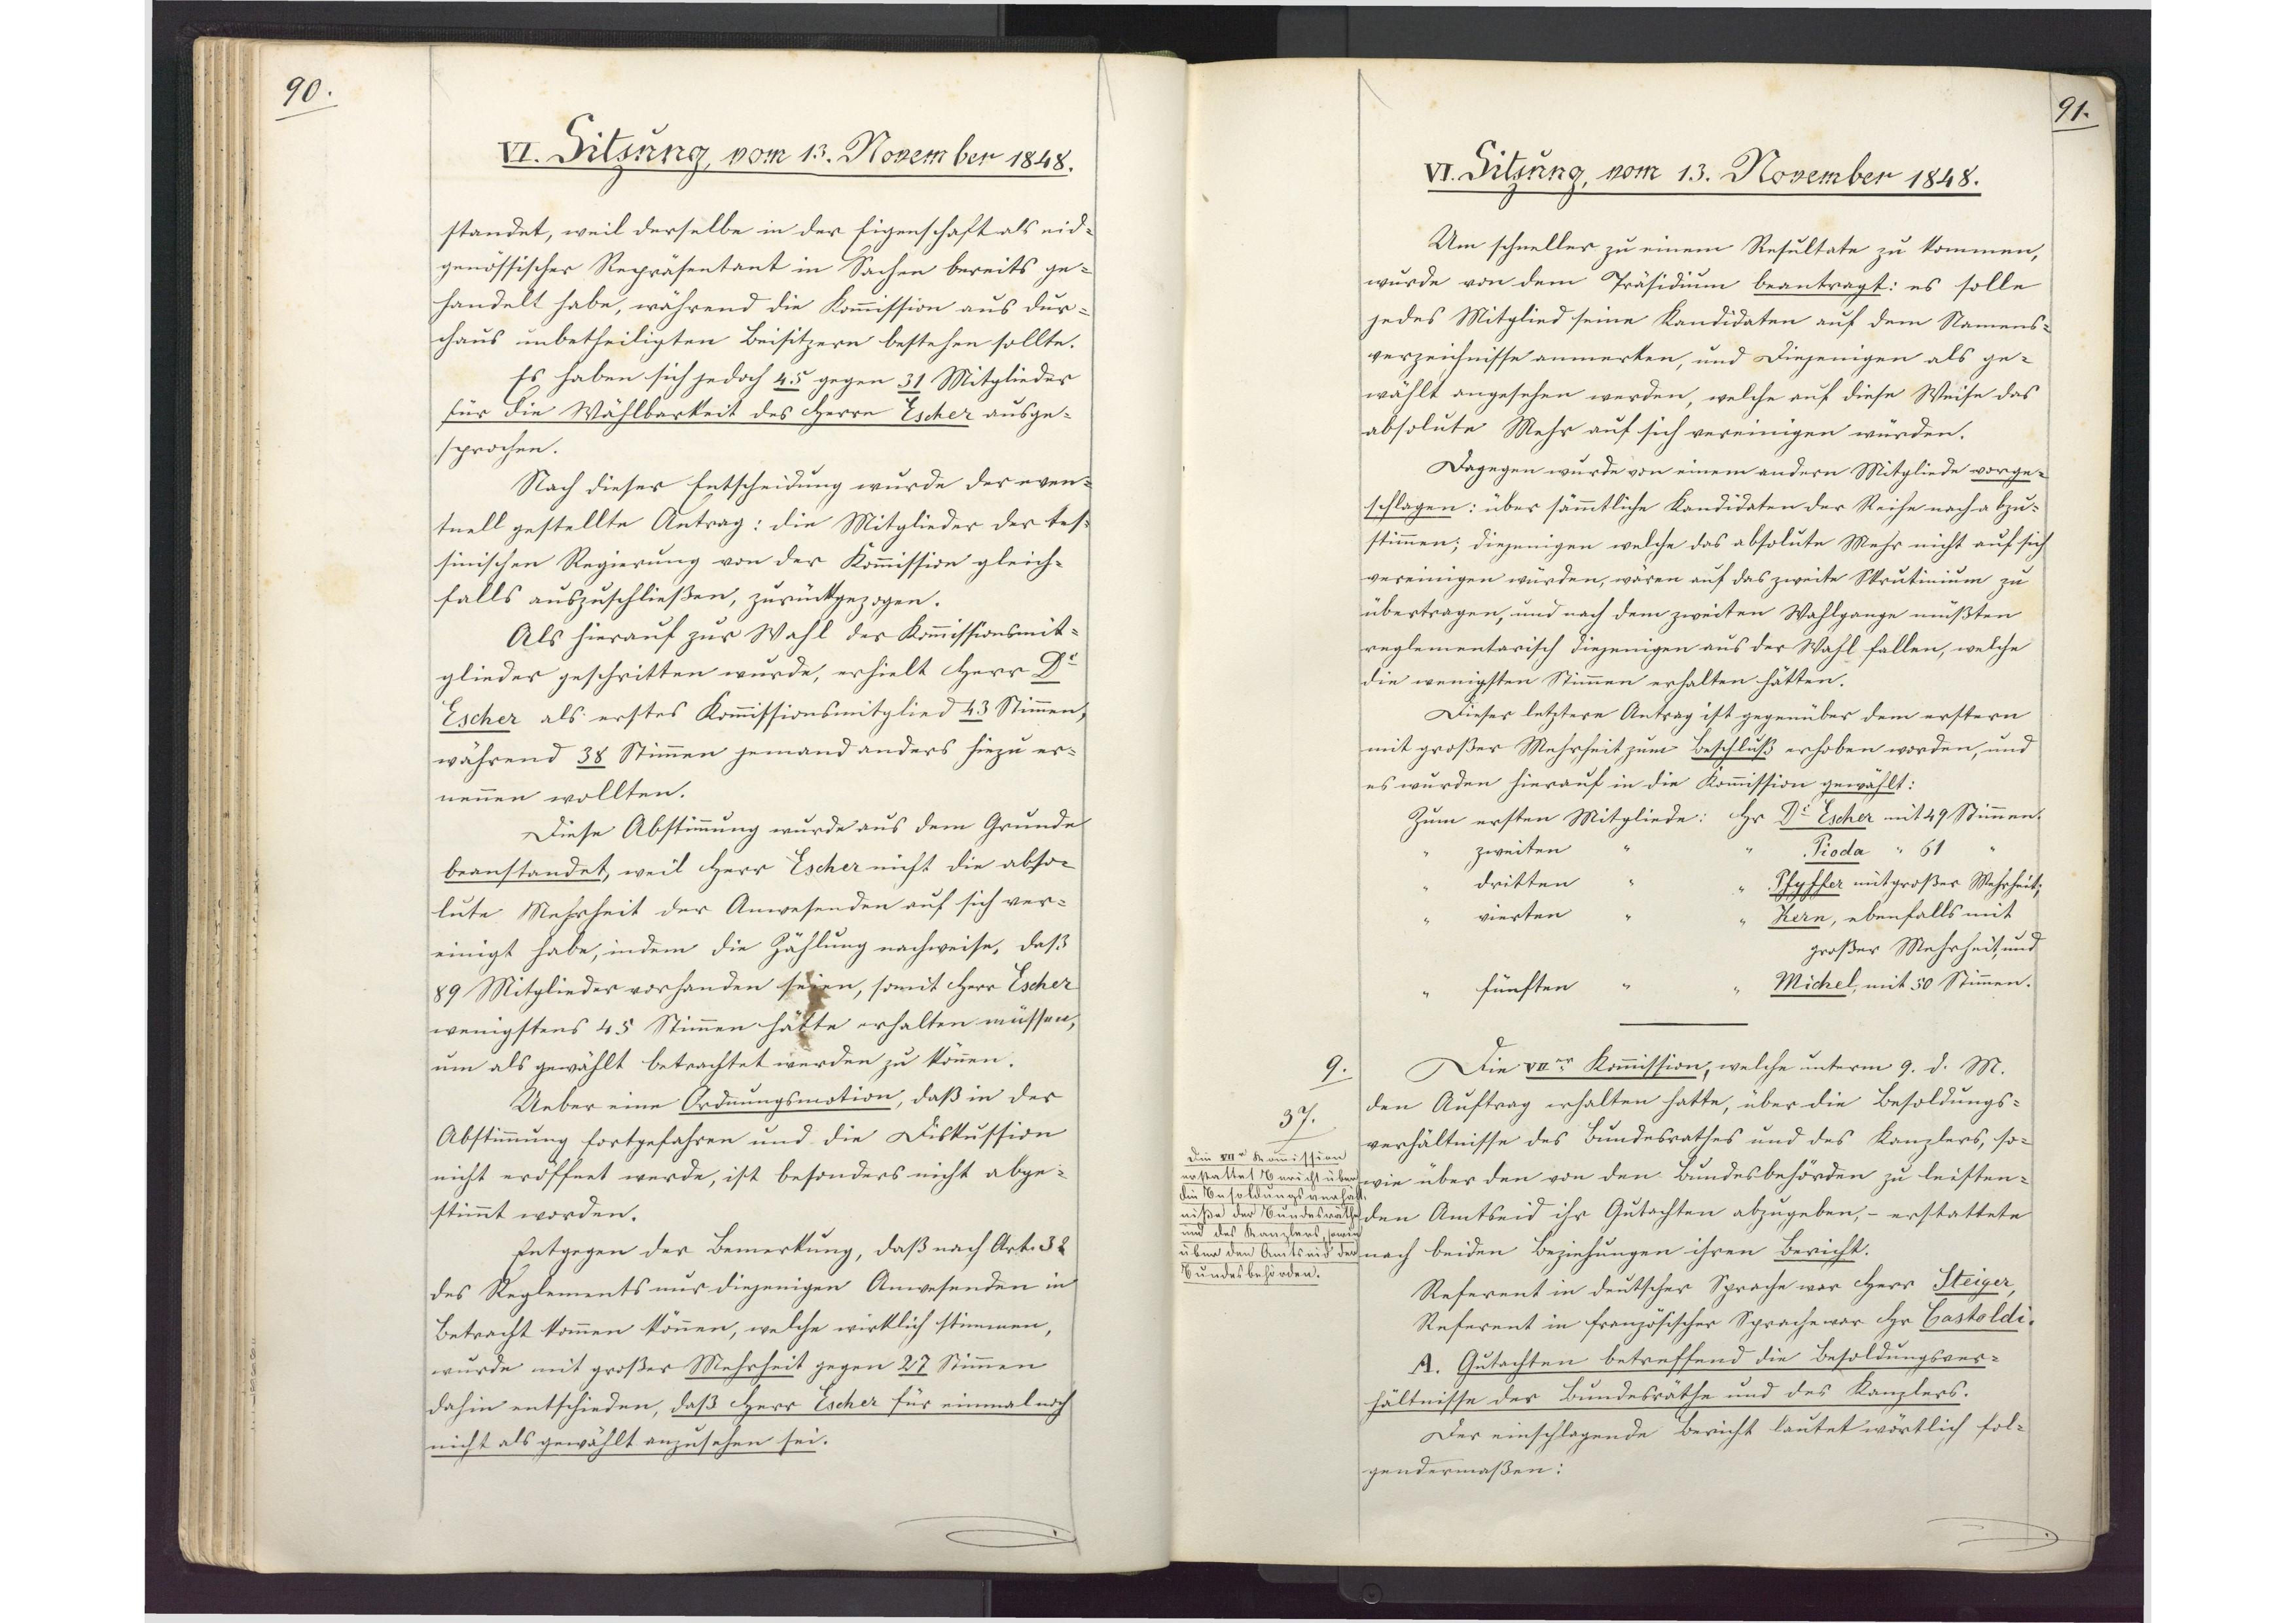
90.

VI. Sitzung, vom 13. November 1848.

standet, weil derselbe in der Eigenschaft als eid¬
genössischer Repräsentant in Sachen bereits ge¬
handelt habe, während die Kommission aus dur¬
chaus unbetheiligten Beisitzern bestehen sollte.
Es haben sich jedoch 45 gegen 31 Mitglieder
für die Wählbarkeit des Herrn Escher ausge¬
sprochen.
Nach dieser Entscheidung wurde der even¬
tuell gestellte Antrag: die Mitglieder der tes¬
sinischen Regierung von der Kommission gleich¬
falls auszuschließen, zurückgezogen.
Als hierauf zur Wahl des Kommissionsmit¬
glieder geschritten wurde, erhielt Herr Dr.
Escher als erstes Kommissionsmitglied 43 Stimmen,
während 38 Stimmen jemand anders hiezu er¬
nennen wollten.
Diese Abstimmung wurde aus dem Grunde
beanstandet, weil Herr Escher nicht die abso¬
lute Mehrheit der Anwesenden auf sich ver¬
einigt habe, indem die Zählung nachweise, daß
89 Mitglieder vorhanden seien, somit Herr Escher
wenigstens 45 Stimmen hätte erhalten müssen,
um als gewählt betrachtet werden zu können.
Ueber eine Ordnungsmotion, daß in der
Abstimmung fortgefahren und die Diskussion
nicht eröffnet werde, ist besonders nicht abge¬
stimmt worden.
Entgegen der Bemerkung, daß nach Art. 32
des Reglements nur diejenigen Anwesenden in
Betracht kommen können, welche wirklich stimmen,
wurde mit großer Mehrheit gegen 27 Stimmen
dahin entschieden, daß Herr Escher für einmal noch
nicht als gewählt anzusehen sei.

91.

VI. Sitzung, vom 13. November 1848.

Um schneller zu einem Resultate zu kommen,
wurde von dem Präsidium beantragt: es solle
jedes Mitglied seine Kandidaten auf dem Namens¬
verzeichnisse anmerken, und diejenigen als ge¬
wählt angesehen werden, welche auf diese Weise das
absolute Mehr auf sich vereinigen würden.
Dagegen wurde von einem andern Mitgliede vorge¬
schlagen: über sämmtliche Kandidaten der Reihe nach abzu¬
stimmen; diejenigen welche das absolute Mehr nicht auf sich
vereinigen würden, wären auf das zweite Skrutinium zu
übertragen, und nach dem zweiten Wahlgange müßten
reglementarisch diejenigen aus der Wahl fallen, welche
die wenigsten Stimmen erhalten hätten.
Dieser letztere Antrag ist gegenüber dem erstern
mit großer Mehrheit zum Beschluß erhoben worden, und
es wurden hierauf in die Kommission gewählt:
Zum ersten Mitgliede: Herr Dr. Escher mit 49 Stimmen.
Zum zweiten Mitgliede:
Pioda mit 61 Stimmen
Zum dritten Mitgliede:
Pfyffer mit großer Mehrheit;
Zum vierten Mitgliede:
Kern, ebenfalls mit
großer Mehrheit und
Zum fünften Mitgliede
Michel, mit 50 Stimmen.
Die VIIer Kommission, welche unterm 9. d. M.
den Auftrag erhalten hatte, über die Besoldungs¬
verhältnisse des Bundesrathes und des Kanzlers, so¬
wie über den von den Bundesbehörden zu leisten¬
den Amtseid ihr Gutachten abzugeben, - erstattete
nach beiden Beziehungen ihren Bericht.
Referent in deutscher Sprache war Herr Steiger,
Referent in französischer Sprache war Herr Castoldi.
A. Gutachten betreffend die Besoldungsver¬
hältnisse der Bundesräthe und des Kanzlers.
Der einschlagende Bericht lautet wörtlich fol¬
gendermaßen:

9.
37.
Die VIIer Kommission
erstattet Bericht über
die Besoldungsverhält¬
niße der Bundesräthe
und des Kanzlers, sowie
über den Amtseid der
Bundesbehörden.